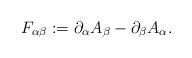
LaTeX: \begin{align*}F_{\alpha\beta}: = \partial_{\alpha}A_{\beta}- \partial_{\beta}A_{\alpha}.\end{align*}